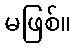
မဖြစ်။